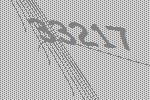
33217